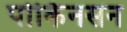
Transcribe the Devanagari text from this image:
पोर्किनसन